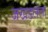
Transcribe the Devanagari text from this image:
जखडलेला